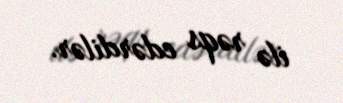
ilə rəqs edərdilər.